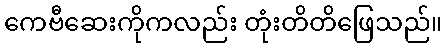
ကေဗီဆေးကိုကလည်း တုံးတိတိဖြေသည်။